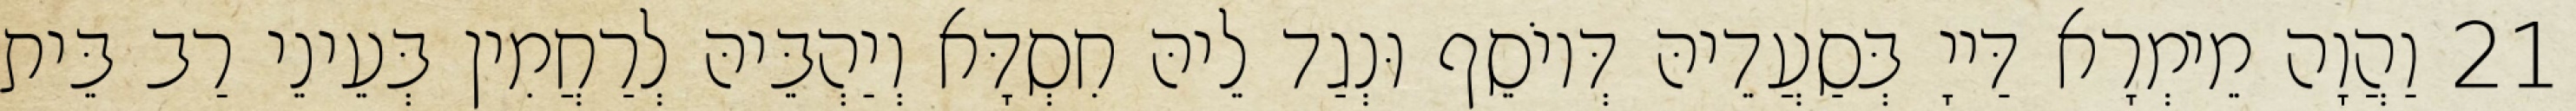
21 וַהֲוָה מֵימְרָא דַּייָ בְּסַעֲדֵיהּ דְּיוֹסֵף וּנְגַד לֵיהּ חִסְדָּא וְיַהְבֵּיהּ לְרַחֲמִין בְּעֵינֵי רַב בֵּית